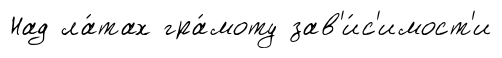
Над ла́тах гра́моту зав'и́с'имост'и